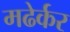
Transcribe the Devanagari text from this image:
मढेर्कर